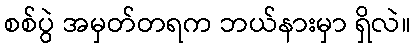
စစ်ပွဲ အမှတ်တရက ဘယ်နားမှာ ရှိလဲ။